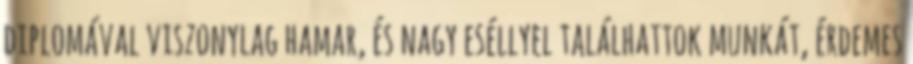
diplomával viszonylag hamar, és nagy eséllyel találhattok munkát, érdemes